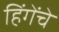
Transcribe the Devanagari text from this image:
हिंगेंचे